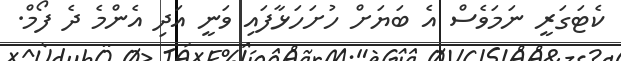
ކެޓަގަރީ ނަމަވެސް އެ ބަޔަށް ހުށަހަޅާފައި ވަނީ އަދި އެންމެ ދެ ފޯމް.